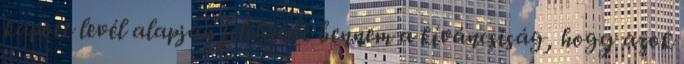
kapott levél alapján felébredt bennem a kíváncsiság, hogy azok